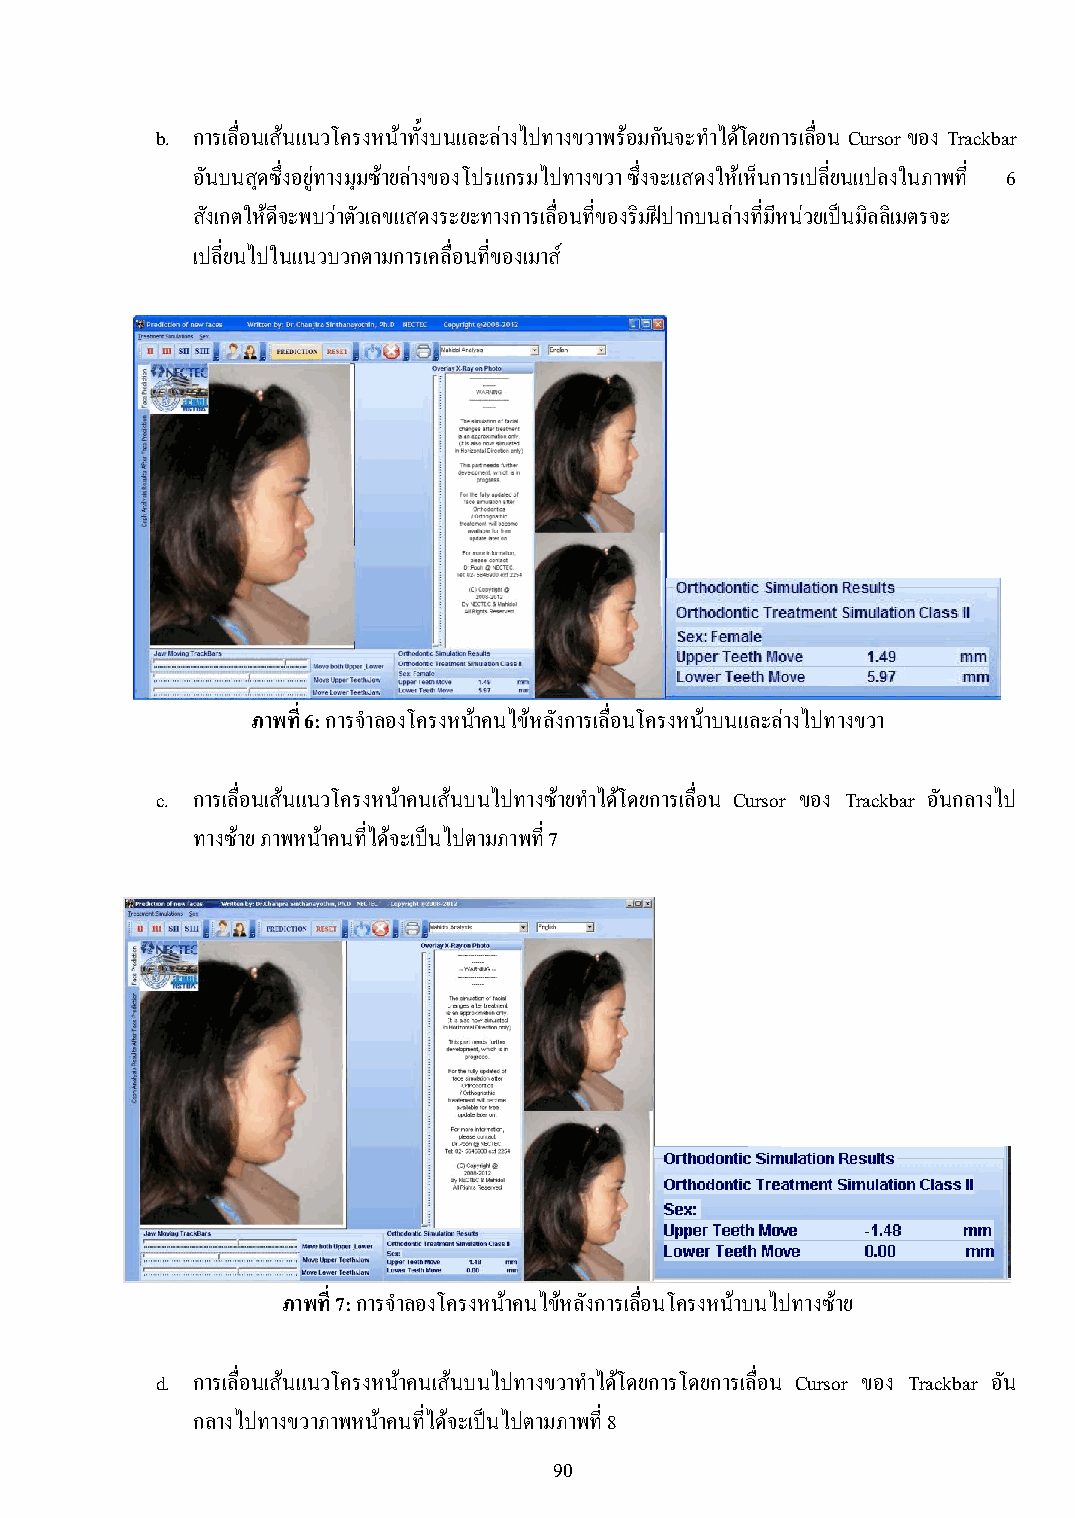
b. การเลื่อนเส้นแนวโครงหน้าทั้งบนและล่างไปทางขวาพร้อมกันจะท าไดโ้ ดยการเลื่อน Cursor ของ Trackbar
 อันบนสุดซึ่งอยู่ทางมุมซ้ายล่างของโปรแกรมไปทางขวา ซึ่งจะแสดงให้เห็นการเปลี่ยนแปลงในภาพที่ 6
 สังเกตให้ดีจะพบว่าตัวเลขแสดงระยะทางการเลื่อนที่ของริมฝีปากบนล่างที่มีหน่วยเป็นมิลลิเมตรจะ
 เปลี่ยนไปในแนวบวกตามการเคลื่อนที่ของเมาส ์
 ภาพที่ 6: การจ าลองโครงหน้าคนไข้หลังการเลื่อนโครงหน้าบนและล่างไปทางขวา
 c. การเลื่อนเส้นแนวโครงหน้าคนเส้นบนไปทางซ้ายท าได้โดยการเลื่อน Cursor ของ Trackbar อันกลางไป
 ทางซ้าย ภาพหน้าคนที่ได้จะเป็นไปตามภาพที่ 7
 ภาพที่ 7: การจ าลองโครงหน้าคนไข้หลังการเลื่อนโครงหน้าบนไปทางซ้าย
 d. การเลื่อนเส้นแนวโครงหน้าคนเส้นบนไปทางขวาท าได้โดยการโดยการเลื่อน Cursor ของ Trackbar อัน
 กลางไปทางขวาภาพหน้าคนที่ได้จะเป็นไปตามภาพที่ 8
 90